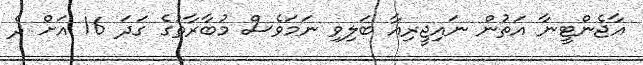
އާޖެންޓީނާ އަތުން ނައިޖީރިއާ ބަލިވި ނަމަވެސް މުބާރާތުގެ ގަދަ 16 އަށް ދެ